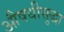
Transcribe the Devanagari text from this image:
औषधीसुद्धा